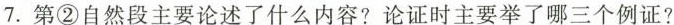
7.第②自然段主要论述了什么内容?论证时主要举了哪三个例证?